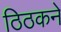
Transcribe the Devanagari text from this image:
ठिठकने